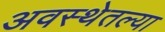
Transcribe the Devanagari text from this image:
अवस्थेतल्या